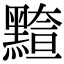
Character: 𪒇